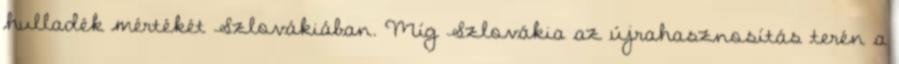
hulladék mértékét Szlovákiában. Míg Szlovákia az újrahasznosítás terén a